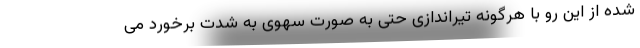
شده از این رو با هرگونه تیراندازی حتی به صورت سهوی به شدت برخورد می